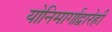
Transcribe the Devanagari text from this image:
योनिमार्गाद्वारेही